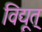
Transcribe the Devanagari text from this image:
विद्यूत्‌